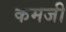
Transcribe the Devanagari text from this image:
कमजी